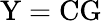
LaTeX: \mathrm{Y}=\mathrm{CG}